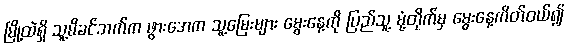
မြို့ထဲရှိ သူ့မိခင်ဘက်က ဖွားအေက သူ့မြေးများ မွေးနေ့ကို ပြည်သူ့ မုံ့တိုက်မှ မွေးနေ့ကိတ်ဝယ်၍